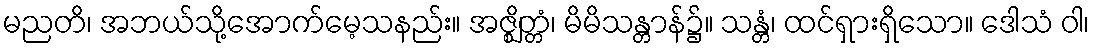
မညတိ၊ အဘယ်သို့အောက်မေ့သနည်း။ အဇ္ဈိတ္တံ၊ မိမိသန္တာန်၌။ သန္တံ၊ ထင်ရှားရှိသော။ ဒေါသံ ဝါ၊